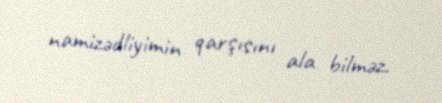
namizədliyimin qarşısını ala bilməz.